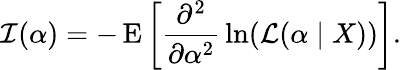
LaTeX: {\mathcal{I}}(\alpha)=-\operatorname{E}\left[{\frac{\partial^{2}}{\partial\alpha^{2}}}\ln({\mathcal{L}}(\alpha\mid X))\right].